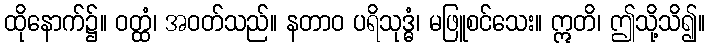
ထိုနောက်၌။ ဝတ္ထံ၊ အဝတ်သည်။ နတာဝ ပရိသုဒ္ဓံ၊ မဖြူစင်သေး။ ဣတိ၊ ဤသို့သိ၍။